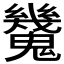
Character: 𩴪